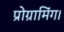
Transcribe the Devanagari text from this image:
प्रोग्रामिंग।